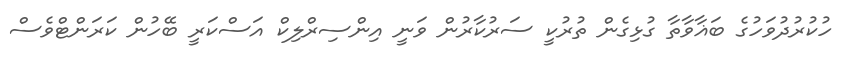
ހުކުރުދުވަހުގެ ބަޣާވާތާ ގުޅިގެން ތުރުކީ ސަރުކާރުން ވަނީ އިންސިރްލިކް އަސްކަރީ ބޭހުން ކަރަންޓްވެސް